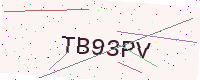
Text: TB93PV